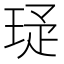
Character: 𬍩